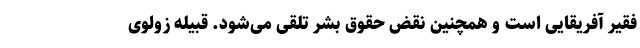
فقیر آفریقایی است و همچنین نقض حقوق بشر تلقی می‌شود. قبیله زولوی